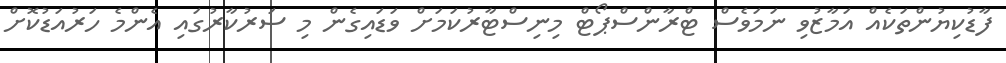
ފާޑުކިޔުންތަކެއް އަމާޒުވި ނަމަވެސް ޓްރާންސްޕޯޓް މިނިސްޓާރުކަމަށް ވަޑައިގެން މި ސަރުކާރުގައި އެންމެ ހަރުއަޑުކޮށް